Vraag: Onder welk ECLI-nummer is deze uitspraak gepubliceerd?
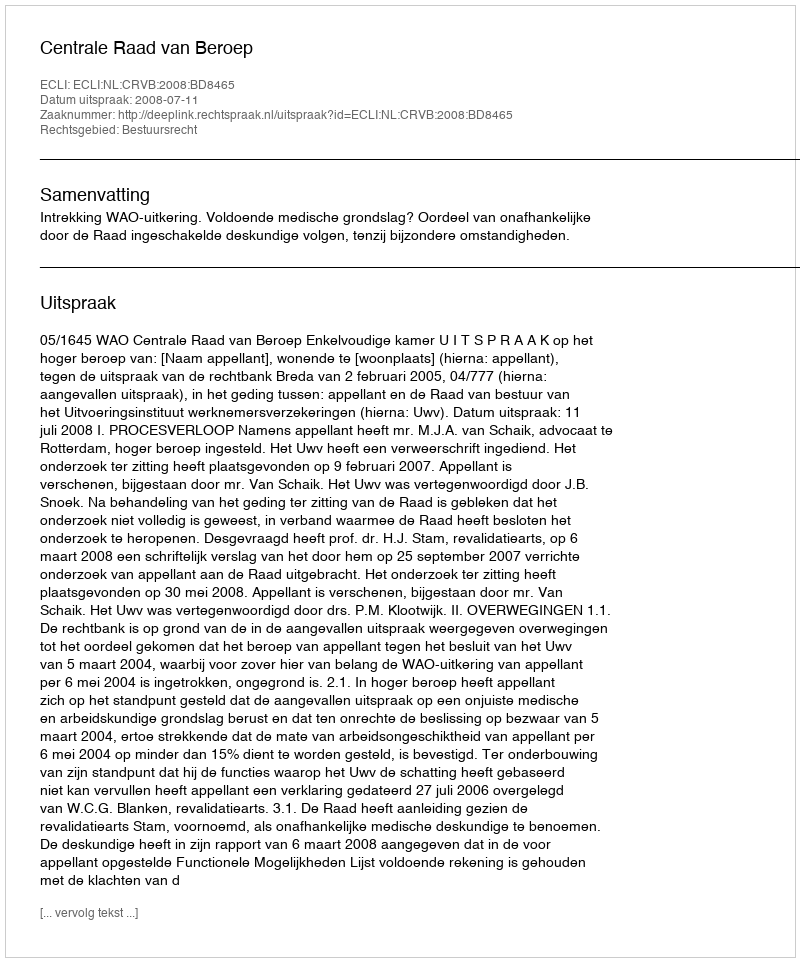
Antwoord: ECLI:NL:CRVB:2008:BD8465